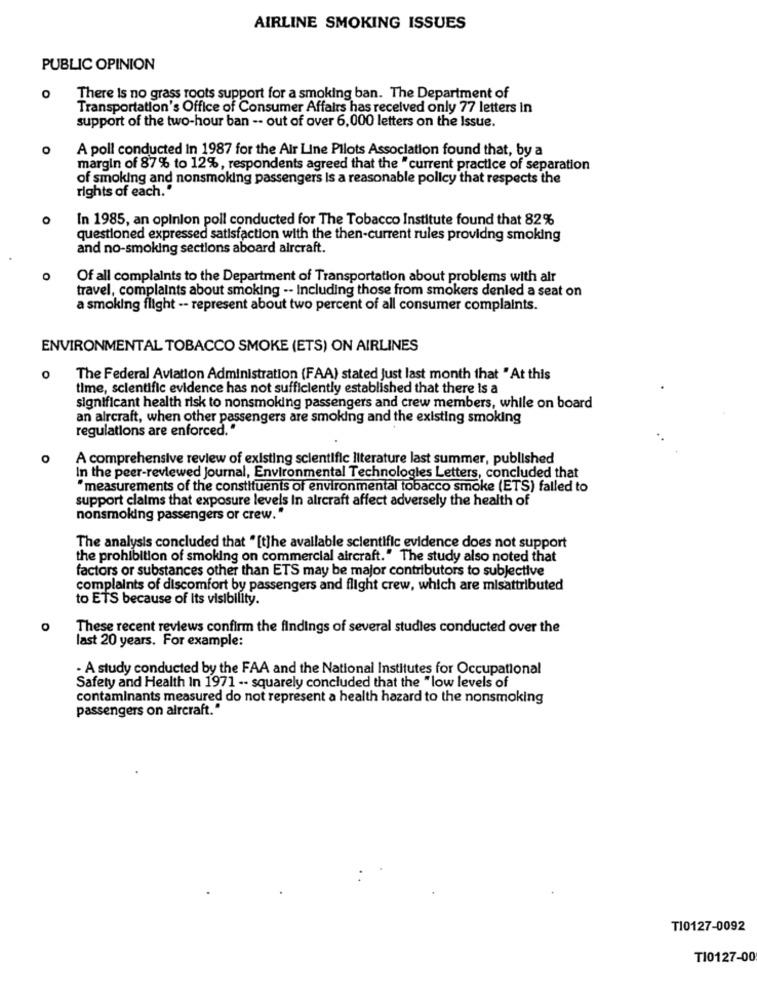
AIRLINE SMOKING ISSUES
PUBLIC OPINION
O
There Is no grass roots support for a smoking ban. The Department of
Transportation's Office of Consumer Affairs has received only 77 letters In
support of the two-hour ban -- out of over 6,000 letters on the Issue.
A poll conducted In 1987 for the Air Line Pilots Association found that, by a
margin of 87% to 12%, respondents agreed that the "current practice of separation
of smoking and nonsmoking passengers is a reasonable policy that respects the
rights of each."
o
In 1985, an opinion poll conducted for The Tobacco Institute found that 82%
questioned expressed satisfaction with the then-current rules providing smoking
and no-smoking sections aboard aircraft.
Of all complaints to the Department of Transportation about problems with alr
travel, complaints about smoking -- Including those from smokers denled a seat on
a smoking flight -- represent about two percent of all consumer complaints.
ENVIRONMENTAL TOBACCO SMOKE (ETS) ON AIRLINES
o
The Federal Aviation Administration (FAA) stated Just last month that " At this
time, scientific evidence has not sufficiently established that there is a
significant health risk to nonsmoking passengers and crew members, while on board
an aircraft, when other passengers are smoking and the existing smoking
regulations are enforced."
O
A comprehensive review of existing scientific literature last summer, published
In the peer-reviewed Journal, Environmental Technologies Letters, concluded that
"measurements of the constituents of environmental tobacco smoke (ETS) falled to
support claims that exposure levels In alrcraft affect adversely the health of
nonsmoking passengers or crew."
The analysis concluded that "[t]he available scientific evidence does not support
the prohibition of smoking on commercial aircraft." The study also noted that
factors or substances other than ETS may be major contributors to subjective
complaints of discomfort by passengers and flight crew, which are misattributed
to ETS because of Its visibility.
These recent reviews confirm the findings of several studies conducted over the
last 20 years. For example:
- A study conducted by the FAA and the National Institutes for Occupational
Safety and Health In 1971 -- squarely concluded that the "low levels of
contaminants measured do not represent a health hazard to the nonsmoking
passengers on aircraft."
T10127-0092
TI0127-00